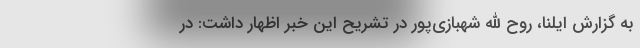
به گزارش ایلنا، روح الله شهبازی‌پور در تشریح این خبر اظهار داشت: در